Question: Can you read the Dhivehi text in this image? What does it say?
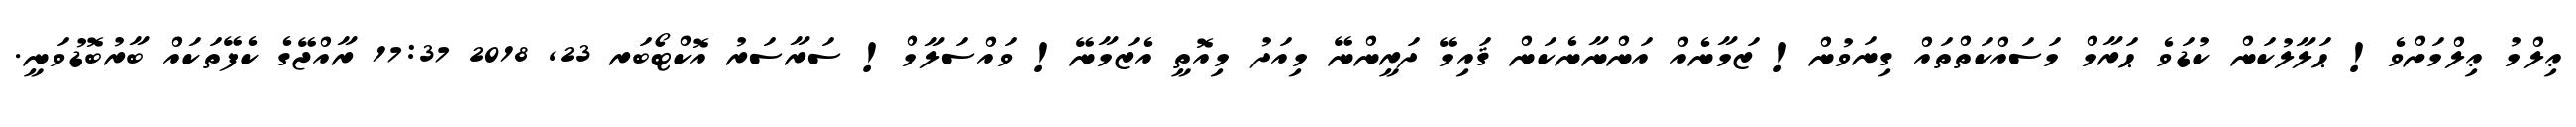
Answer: ޢިލްމު ޢިލްމަށްވެ! ޙަލާލުކަން ކުޑަވެ ޙަރާމް މަސައްކަތްތައް ގިނަވުން! ޒަމާނެއް އަންނާނެކަން ޤައިމޭ ދަރީންނޭ މިއަދު މިއޮތީ އެޒަމާނޭ! ވައްސަލާމް! ސަރާސަރު އޮކްޓޯބަރ 23, 2018 17:37 ރާއްޖޭގެ ކެފޭތަކައް ބާރުބޮޑުވަނީ.